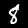
Label: 8